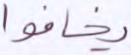
يخافوا